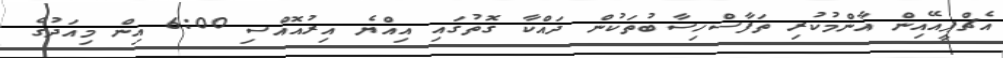
އެޗްޕީއޭއިން އާންމުކުރި ތަފާސްހިސާބުތަކުން ދައްކާ ގޮތުގައި އިއްޔެ އިރުއޮއްސި 6:00 އިން މިއަދުގެ